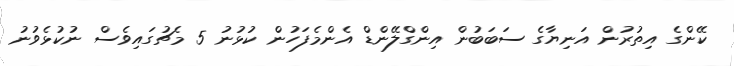
ކޭންގެ އިތުރުން އަނިޔާގެ ސަބަބުން އިންގްލޭންޑް އެންމެފަހުން ކުޅުނު 5 މެޗުގައިވެސް ނުކުޅެވުނު